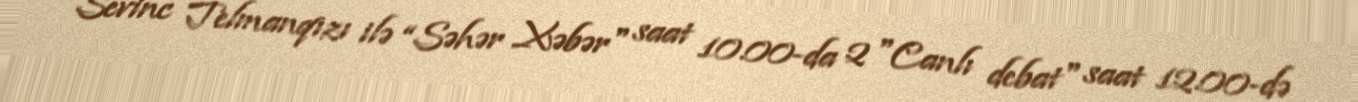
Sevinc Telmanqızı ilə “Səhər Xəbər" saat 10.00-da 2 "Canlı debat" saat 12.00-də